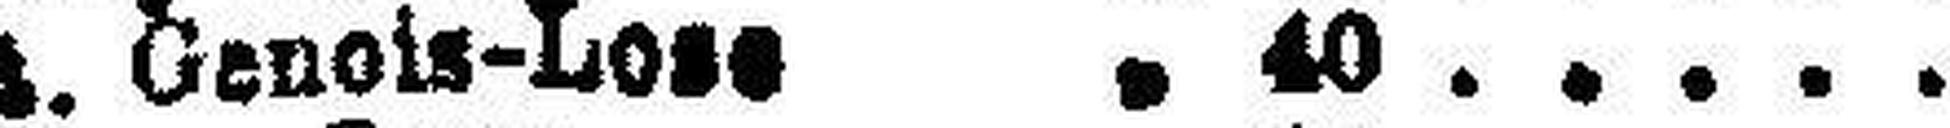
St. Genois-Lose " 40